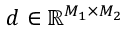
\boldsymbol { d } \in \mathbb { R } ^ { M _ { 1 } \times M _ { 2 } }